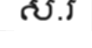
ស.រ